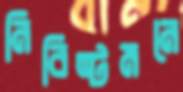
নিবিষ্টমনে